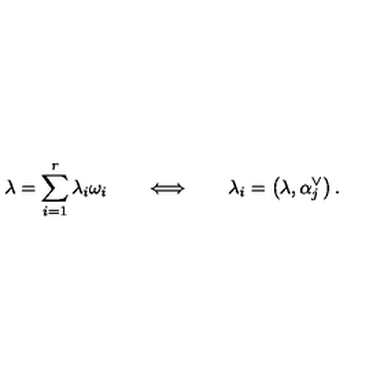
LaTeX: \lambda = \sum _ { i = 1 } ^ { r } \lambda _ { i } \omega _ { i } \qquad \Longleftrightarrow \qquad \lambda _ { i } = \left( \lambda , \alpha _ { j } ^ { \vee } \right) .